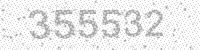
Solution: 355532